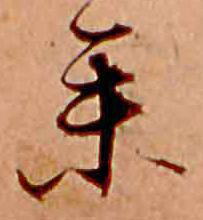
参